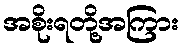
အစိုးရတို့အကြား